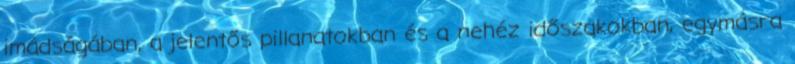
imádságában, a jelentős pillanatokban és a nehéz időszakokban, egymásra